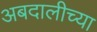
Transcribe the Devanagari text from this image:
अबदालीच्या